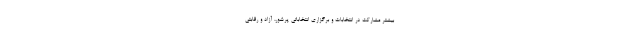
بیشتر مشارکت در انتخابات و برگزاری انتخاباتی پرشور، آزاد و رقابتی